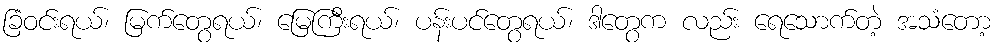
ခြံဝင်းရယ်၊ မြက်တွေရယ်၊ မြေကြီးရယ်၊ ပန်းပင်တွေရယ်၊ ဒါတွေက လည်း ရေသောက်တဲ့ အသံတော့